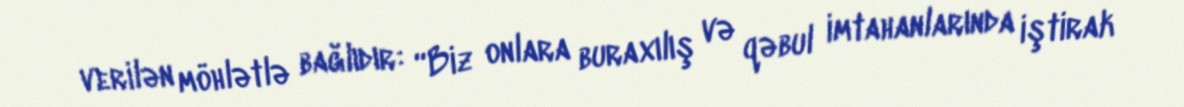
verilən möhlətlə bağlıdır: “Biz onlara buraxılış və qəbul imtahanlarında iştirak